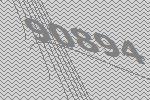
90894